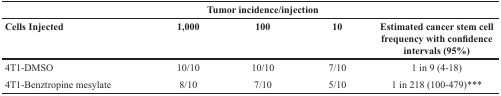
<table><thead><tr><td colspan="5"><b>Tumor incidence/injection</b></td></tr><tr><td><b>Cells Injected</b></td><td><b>1,000</b></td><td><b>100</b></td><td><b>10</b></td><td><b>Estimated cancer stem cell frequency with confidence intervals (95%)</b></td></tr></thead><tbody><tr><td>4T1-DMSO</td><td>10/10</td><td>10/10</td><td>7/10</td><td>1 in 9 (4-18)</td></tr><tr><td>4T1-Benztropine mesylate</td><td>8/10</td><td>7/10</td><td>5/10</td><td>1 in 218 (100-479)***</td></tr></tbody></table>